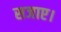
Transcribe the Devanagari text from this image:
सजाए।